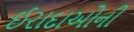
ઈરાદાઓની